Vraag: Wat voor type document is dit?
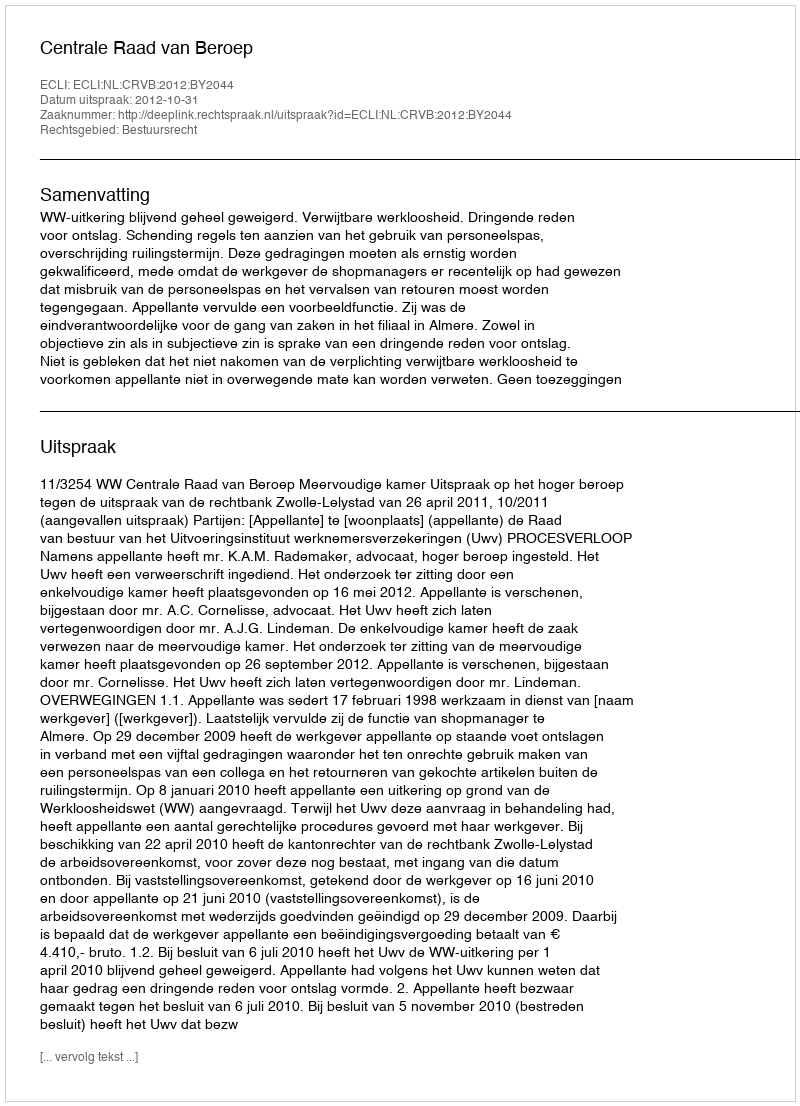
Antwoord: Uitspraak